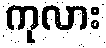
ကုလား